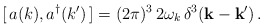
\begin{align*}[\, a(k),a^\dagger(k') \,] = (2\pi)^3 \, 2 \omega_k \, \delta^3({\bf k} - {\bf k}')\,.\end{align*}